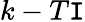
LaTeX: k-T\mathtt{I}